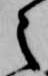
之